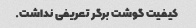
کیفیت گوشت برگر تعریفی نداشت.